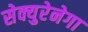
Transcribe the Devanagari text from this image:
सेक्युरेनेगा